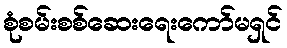
စုံစမ်းစစ်ဆေးရေးကော်မရှင်